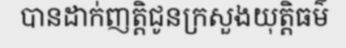
បានដាក់ញត្តិជូនក្រសួងយុត្តិធម៌